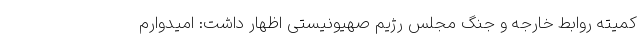
کمیته روابط خارجه و جنگ مجلس رژیم صهیونیستی اظهار داشت: امیدوارم